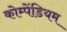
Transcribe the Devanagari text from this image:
कोम्पेंडियम